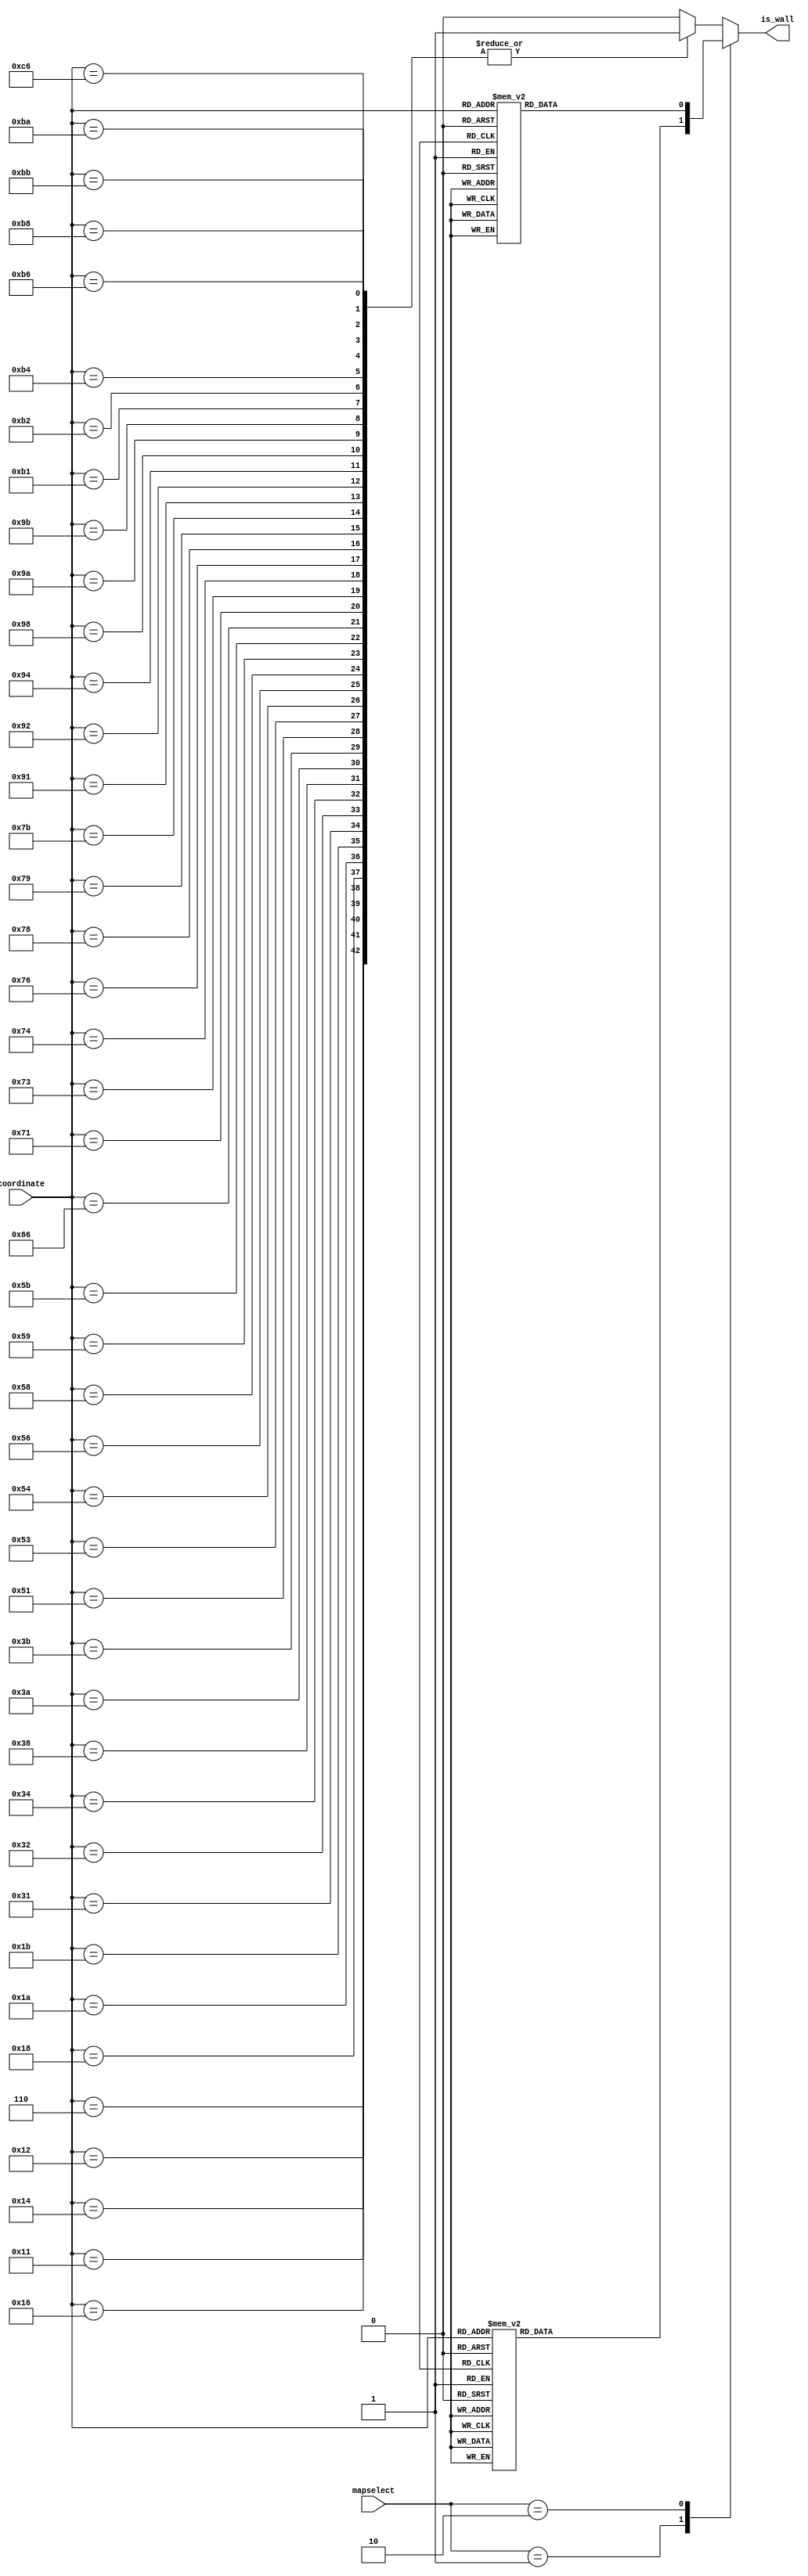
module map(coordinate,is_wall,mapselect);
	output reg is_wall;
	input [1:0] mapselect;
	input [7:0] coordinate;
	reg is_wall0,is_wall1,is_wall2;
	always@(*)
	begin
		case(mapselect)
			2'd0: is_wall = is_wall0;
			2'd1: is_wall = is_wall1;
			2'd2: is_wall = is_wall2;
			default: is_wall = is_wall0;
		endcase
	end
	
	always @(*)
	begin
		case(coordinate)
			8'b00000110: is_wall0 = 1'b1;
			8'b00010001: is_wall0 = 1'b1;
			8'b00010010: is_wall0 = 1'b1;
			8'b00010100: is_wall0 = 1'b1;
			8'b00010110: is_wall0 = 1'b1;
			8'b00011000: is_wall0 = 1'b1;
			8'b00011010: is_wall0 = 1'b1;
			8'b00011011: is_wall0 = 1'b1;
			8'b00110001: is_wall0 = 1'b1;
			8'b00110010: is_wall0 = 1'b1;
			8'b00110100: is_wall0 = 1'b1;
			8'b00111000: is_wall0 = 1'b1;
			8'b00111010: is_wall0 = 1'b1;
			8'b00111011: is_wall0 = 1'b1;
			8'b01010001: is_wall0 = 1'b1;
			8'b01010011: is_wall0 = 1'b1;
			8'b01010100: is_wall0 = 1'b1;
			8'b01010110: is_wall0 = 1'b1;
			8'b01011000: is_wall0 = 1'b1;
			8'b01011001: is_wall0 = 1'b1;
			8'b01011011: is_wall0 = 1'b1;
			8'b01100110: is_wall0 = 1'b1;
			8'b01110001: is_wall0 = 1'b1;
			8'b01110011: is_wall0 = 1'b1;
			8'b01110100: is_wall0 = 1'b1;
			8'b01110110: is_wall0 = 1'b1;
			8'b01111000: is_wall0 = 1'b1;
			8'b01111001: is_wall0 = 1'b1;
			8'b01111011: is_wall0 = 1'b1;
			8'b10010001: is_wall0 = 1'b1;
			8'b10010010: is_wall0 = 1'b1;
			8'b10010100: is_wall0 = 1'b1;
			8'b10011000: is_wall0 = 1'b1;
			8'b10011010: is_wall0 = 1'b1;
			8'b10011011: is_wall0 = 1'b1;
			8'b10110001: is_wall0 = 1'b1;
			8'b10110010: is_wall0 = 1'b1;
			8'b10110100: is_wall0 = 1'b1;
			8'b10110110: is_wall0 = 1'b1;
			8'b10111000: is_wall0 = 1'b1;
			8'b10111010: is_wall0 = 1'b1;
			8'b10111011: is_wall0 = 1'b1;
			8'b11000110: is_wall0 = 1'b1;
			default: is_wall0 = 1'b0;
		endcase
	end

	always @(*)
	begin
case(coordinate)
			8'b00100110: is_wall1 = 1'b1;
			8'b00000110: is_wall1 = 1'b1;
			8'b01010000: is_wall1 = 1'b1;
			8'b01100000: is_wall1 = 1'b1;
			8'b01110000: is_wall1 = 1'b1;
			8'b00010001: is_wall1 = 1'b1;
			8'b00100001: is_wall1 = 1'b1;
			8'b00110001: is_wall1 = 1'b1;
			8'b01100001: is_wall1 = 1'b1;
			8'b10010001: is_wall1 = 1'b1;
			8'b10100001: is_wall1 = 1'b1;
			8'b10110001: is_wall1 = 1'b1;
			8'b00010010: is_wall1 = 1'b1;
			8'b01100010: is_wall1 = 1'b1;
			8'b00010011: is_wall1 = 1'b1;
			8'b01000011: is_wall1 = 1'b1;
			8'b10000011: is_wall1 = 1'b1;
			8'b10110011: is_wall1 = 1'b1;
			8'b00110100: is_wall1 = 1'b1;
			8'b01000100: is_wall1 = 1'b1;
			8'b01100100: is_wall1 = 1'b1;
			8'b10000100: is_wall1 = 1'b1;
			8'b10010100: is_wall1 = 1'b1;
			8'b00000101: is_wall1 = 1'b1;
			8'b01100101: is_wall1 = 1'b1;
			8'b11000101: is_wall1 = 1'b1;
			8'b00010110: is_wall1 = 1'b1;
			8'b01000110: is_wall1 = 1'b1;
			8'b01010110: is_wall1 = 1'b1;
			8'b01100110: is_wall1 = 1'b1;
			8'b01110110: is_wall1 = 1'b1;
			8'b10000110: is_wall1 = 1'b1;
			8'b10100110: is_wall1 = 1'b1;
			8'b10110110: is_wall1 = 1'b1;
			8'b11000110: is_wall1 = 1'b1;
			8'b00000111: is_wall1 = 1'b1;
			8'b01100111: is_wall1 = 1'b1;
			8'b11000111: is_wall1 = 1'b1;
			8'b00111000: is_wall1 = 1'b1;
			8'b01001000: is_wall1 = 1'b1;
			8'b01101000: is_wall1 = 1'b1;
			8'b10001000: is_wall1 = 1'b1;
			8'b10011000: is_wall1 = 1'b1;
			8'b00011001: is_wall1 = 1'b1;
			8'b01001001: is_wall1 = 1'b1;
			8'b10001001: is_wall1 = 1'b1;
			8'b10111001: is_wall1 = 1'b1;
			8'b00011010: is_wall1 = 1'b1;
			8'b01101010: is_wall1 = 1'b1;
			8'b10111010: is_wall1 = 1'b1;
			8'b00011011: is_wall1 = 1'b1;
			8'b00101011: is_wall1 = 1'b1;
			8'b00111011: is_wall1 = 1'b1;
			8'b01101011: is_wall1 = 1'b1;
			8'b10011011: is_wall1 = 1'b1;
			8'b10101011: is_wall1 = 1'b1;
			8'b10111011: is_wall1 = 1'b1;
			8'b01011100: is_wall1 = 1'b1;
			8'b01101100: is_wall1 = 1'b1;
			8'b01111100: is_wall1 = 1'b1;
			8'b10110010: is_wall1 = 1'b1;
			default: is_wall1 = 1'b0;
		endcase
end
	always @(*)
	begin
case(coordinate)
			8'b01000000: is_wall2 = 1'b1;
			8'b10000000: is_wall2 = 1'b1;
			8'b00010001: is_wall2 = 1'b1;
			8'b01000001: is_wall2 = 1'b1;
			8'b01010001: is_wall2 = 1'b1;
			8'b01110001: is_wall2 = 1'b1;
			8'b10000001: is_wall2 = 1'b1;
			8'b10110001: is_wall2 = 1'b1;
			8'b00100010: is_wall2 = 1'b1;
			8'b01010010: is_wall2 = 1'b1;
			8'b01100010: is_wall2 = 1'b1;
			8'b01110010: is_wall2 = 1'b1;
			8'b10100010: is_wall2 = 1'b1;
			8'b00110011: is_wall2 = 1'b1;
			8'b01100011: is_wall2 = 1'b1;
			8'b10010011: is_wall2 = 1'b1;
			8'b00000100: is_wall2 = 1'b1;
			8'b00010100: is_wall2 = 1'b1;
			8'b01000100: is_wall2 = 1'b1;
			8'b10000100: is_wall2 = 1'b1;
			8'b10110100: is_wall2 = 1'b1;
			8'b11000100: is_wall2 = 1'b1;
			8'b00010101: is_wall2 = 1'b1;
			8'b00100101: is_wall2 = 1'b1;
			8'b01010101: is_wall2 = 1'b1;
			8'b01110101: is_wall2 = 1'b1;
			8'b10100101: is_wall2 = 1'b1;
			8'b10110101: is_wall2 = 1'b1;
			8'b00100110: is_wall2 = 1'b1;
			8'b00110110: is_wall2 = 1'b1;
			8'b01100110: is_wall2 = 1'b1;
			8'b10010110: is_wall2 = 1'b1;
			8'b10100110: is_wall2 = 1'b1;
			8'b00010111: is_wall2 = 1'b1;
			8'b00100111: is_wall2 = 1'b1;
			8'b01010111: is_wall2 = 1'b1;
			8'b01110111: is_wall2 = 1'b1;
			8'b10100111: is_wall2 = 1'b1;
			8'b10110111: is_wall2 = 1'b1;
			8'b00001000: is_wall2 = 1'b1;
			8'b00011000: is_wall2 = 1'b1;
			8'b01001000: is_wall2 = 1'b1;
			8'b10001000: is_wall2 = 1'b1;
			8'b10111000: is_wall2 = 1'b1;
			8'b11001000: is_wall2 = 1'b1;
			8'b00111001: is_wall2 = 1'b1;
			8'b01101001: is_wall2 = 1'b1;
			8'b10011001: is_wall2 = 1'b1;
			8'b00101010: is_wall2 = 1'b1;
			8'b01011010: is_wall2 = 1'b1;
			8'b01101010: is_wall2 = 1'b1;
			8'b01111010: is_wall2 = 1'b1;
			8'b10101010: is_wall2 = 1'b1;
			8'b00011011: is_wall2 = 1'b1;
			8'b01001011: is_wall2 = 1'b1;
			8'b01011011: is_wall2 = 1'b1;
			8'b01111011: is_wall2 = 1'b1;
			8'b10001011: is_wall2 = 1'b1;
			8'b10111011: is_wall2 = 1'b1;
			8'b01001100: is_wall2 = 1'b1;
			8'b10001100: is_wall2 = 1'b1;
			default: is_wall2 = 1'b0;
		endcase	
	end
endmodule